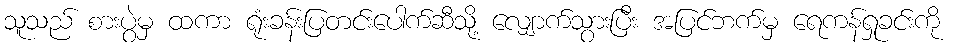
သူသည် စားပွဲမှ ထကာ ရုံးခန်းပြတင်းပေါက်ဆီသို့ လျှောက်သွားပြီး အပြင်ဘက်မှ ရေကန်ရှုခင်းကို